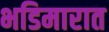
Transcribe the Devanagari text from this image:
भडिमारात